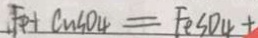
. F e + C u S O _ { 4 } = F e S O _ { 4 } +